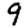
Digit: 9